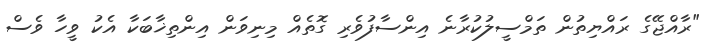
"ރާއްޖޭގެ ރައްޔިތުން ތަމްސީލުކުރާނެ އިންސާފުވެރި ގޮތެއް މިނިވަން އިންތިޚާބަކާ އެކު ވީހާ ވެސް